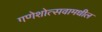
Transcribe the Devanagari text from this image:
गणेशोत्सवामधील